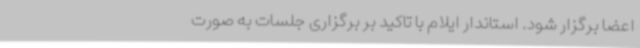
اعضا برگزار شود. استاندار ایلام با تاکید بر برگزاری جلسات به صورت